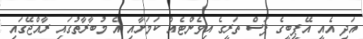
އަދި އެއީ އޭޕީބީގެ ފަސް ތަރީގެ އިވެންޓެއް ކަމަށާއި އެ މުބާރާތުގައި ރާއްޖޭގައި